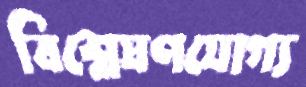
বিশ্লেষণযোগ্য